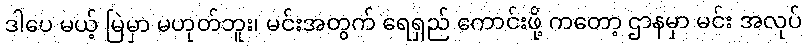
ဒါပေ မယ့် မြဲမှာ မဟုတ်ဘူး၊ မင်းအတွက် ရေရှည် ကောင်းဖို့ ကတော့ ဌာနမှာ မင်း အလုပ်